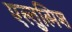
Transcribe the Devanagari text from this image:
एल्तुत्मिश